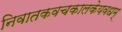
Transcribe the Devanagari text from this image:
निवातकवचकालकेयवधम्